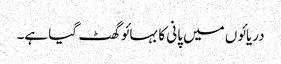
دریائوں میں پانی کا بہائو گھٹ گیا ہے۔